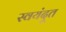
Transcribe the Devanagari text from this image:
स्वयंदूत